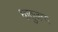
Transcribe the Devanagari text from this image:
धातुजन्य